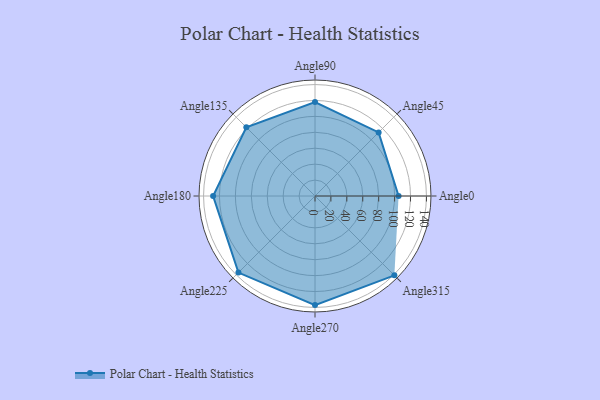
{"axis": {"x": "Angle", "y": "Radius"}, "legend": [""], "data": [{"x": "Angle0", "y": 105.0, "type": ""}, {"x": "Angle45", "y": 113.0, "type": ""}, {"x": "Angle90", "y": 118.0, "type": ""}, {"x": "Angle135", "y": 122.0, "type": ""}, {"x": "Angle180", "y": 128.0, "type": ""}, {"x": "Angle225", "y": 136.0, "type": ""}, {"x": "Angle270", "y": 137.0, "type": ""}, {"x": "Angle315", "y": 141.0, "type": ""}]}